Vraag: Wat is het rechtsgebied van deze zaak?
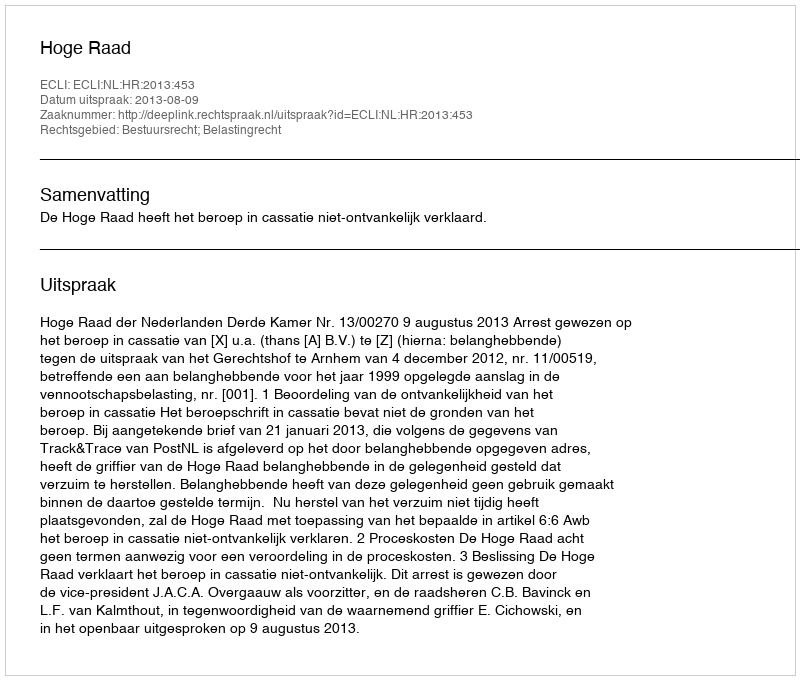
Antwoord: Bestuursrecht; Belastingrecht